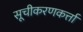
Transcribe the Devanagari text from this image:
सूचीकरणकर्त्ता